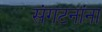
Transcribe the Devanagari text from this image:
संगटनांना